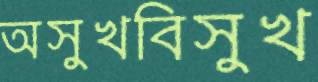
অসুখবিসুখ